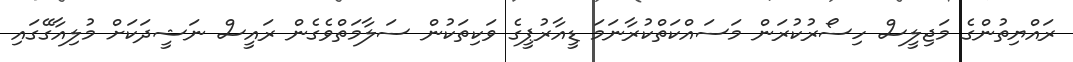
ރައްޔިތުންގެ މަޖިލީސް ހިސޯރުކުރަން މަސައްކަތްކުރާނަމަ ޑީއާރުޕީގެ ވަކިތަކުން ސަލާމަތްވެގެން ރައީސް ނަޝީދަކަށް މުލިއާގޭގައި